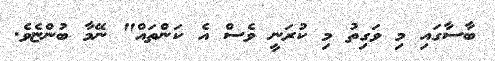
ބާސާގައި މި ވަގިތު މި ކުރަނީ ވެސް އެ ކަންތައް" ނޭމާ ބުންޏެވެ.